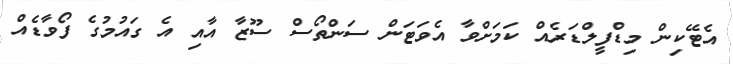
އެޓޭކިން މިޑްފީލްޑަރެއް ކަމަށްވާ އެވަޓަން ސަންތޯސް ސޫޒާ އާއި އެ ގައުމުގެ ފޯވާޑެއް